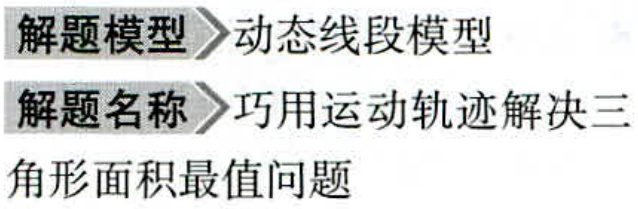
解题模型 \(\rhd\) 动态线段模型
解题名称 \(\rhd\) 巧用运动轨迹解决三角形面积最值问题